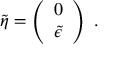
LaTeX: \tilde { \eta } = \left( \begin{array} { c } { { 0 } } \\ { { \tilde { \epsilon } } } \end{array} \right) ~ .